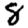
Digit: 8